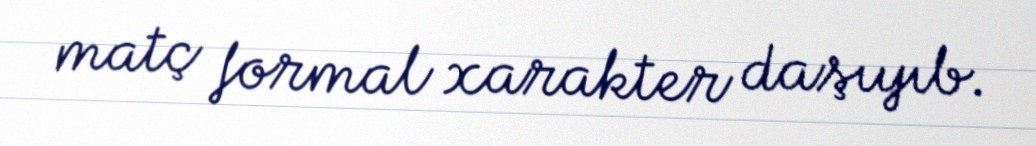
matç formal xarakter daşıyıb.